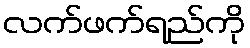
လက်ဖက်ရည်ကို